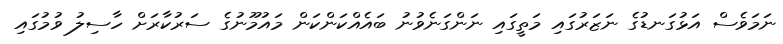
ނަމަވެސް އަޅުގަނޑުގެ ނަޒަރުގައި މަތީގައި ނަންގަނެވުނު ބައެއްކަންކަން މައުމޫނުގެ ސަރުކާރަށް ހާސިލު ވުމުގައި